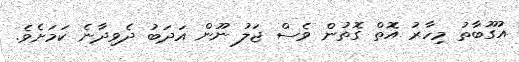
އުގޫބާތު މިހާރު އޮތް ގޮތުން ވެސް ޖަލު ނޫން އަދަބު ދެވިދާނެ ކަމަށެވެ.